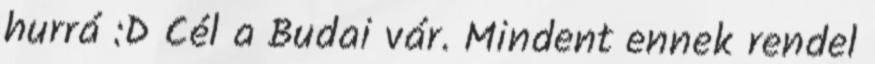
hurrá :D Cél a Budai vár. Mindent ennek rendel